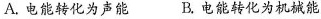
A.电能转化为声能 B.电能转化为机械能